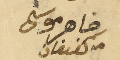
ضاهر موسَى من كفيفان